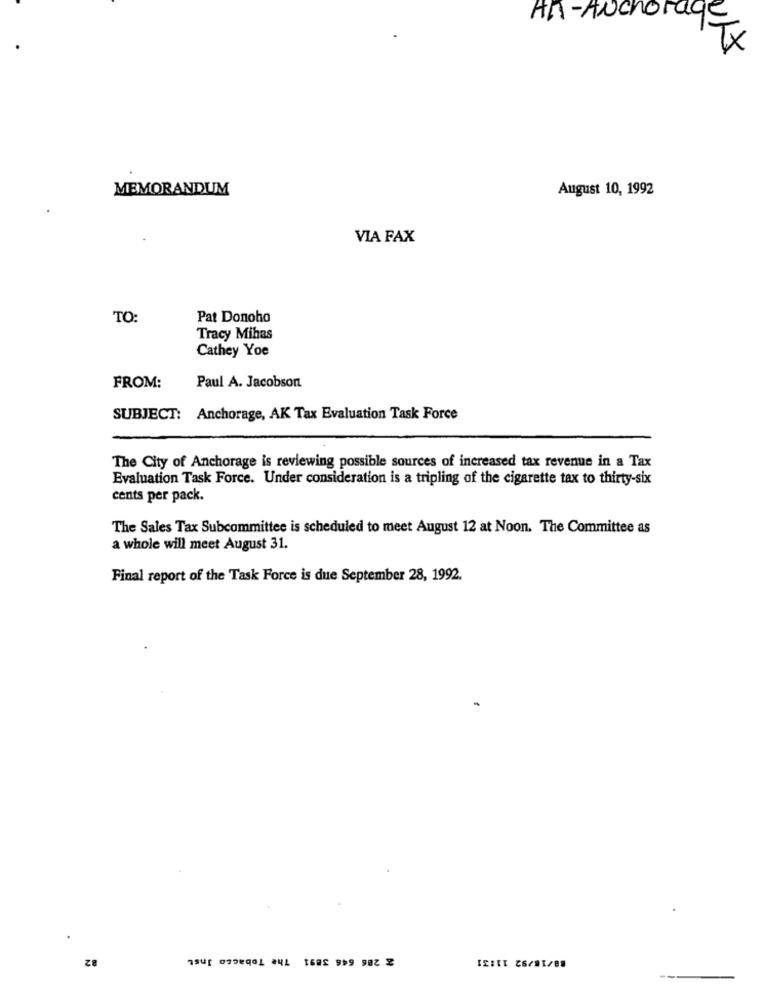
AR- Auchorac
TX
MEMORANDUM
August 10, 1992
VIA FAX
TO:
Pat Donoho
Tracy Mihas
Cathey Yoe
FROM:
Paul A. Jacobson
SUBJECT: Anchorage, AK Tax Evaluation Task Force
The City of Anchorage is reviewing possible sources of increased tax revenue in a Tax
Evaluation Task Force. Under consideration is a tripling of the cigarette tax to thirty-six
cents per pack.
The Sales Tax Subcommittee is scheduled to meet August 12 at Noon. The Committee as
a whole will meet August 31.
Final report of the Task Force is due September 28, 1992.
.